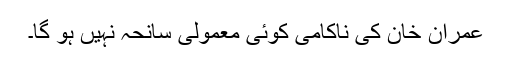
عمران خان کی ناکامی کوئی معمولی سانحہ نہیں ہو گا۔